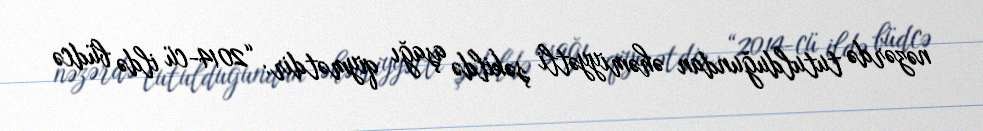
nəzərdə tutulduğundan əhəmiyyətli şəkildə aşağı qiymətdir: “2014-cü ildə büdcə